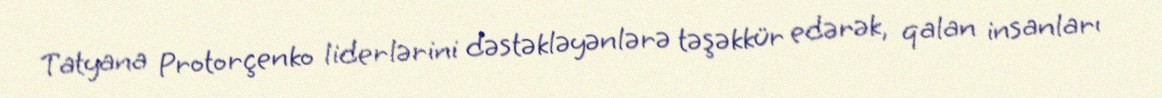
Tatyana Protorçenko liderlərini dəstəkləyənlərə təşəkkür edərək, qalan insanları